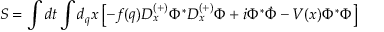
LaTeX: S = \int d t \int d _ { q } x \left[ - f ( q ) D _ { x } ^ { ( + ) } \Phi ^ { \ast } D _ { x } ^ { ( + ) } \Phi + i \Phi ^ { \ast } \dot { \Phi } - V ( x ) \Phi ^ { \ast } \Phi \right]